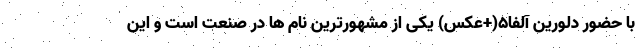
با حضور دلورین آلفا5(+عکس) یکی از مشهورترین نام ها در صنعت است و این